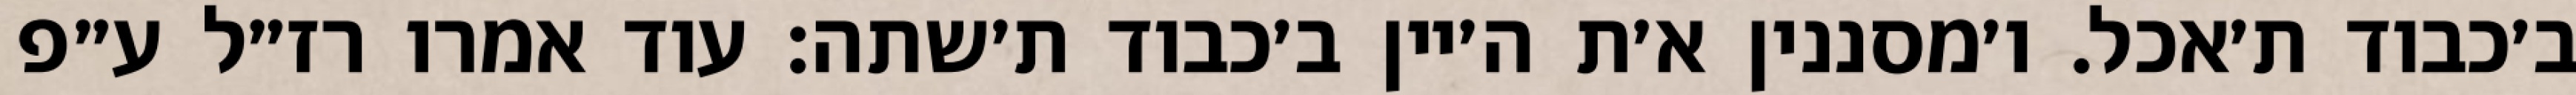
ב׳כבוד ת׳אכל. ו׳מסננין א׳ת ה׳יין ב׳כבוד ת׳שתה: עוד אמרו רז״ל ע״פ